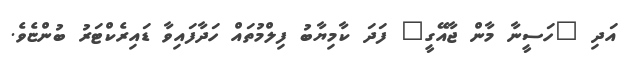
އަދި "ހަސީނާ މާން ޖާއޭގީ" ފަދަ ކާމިޔާބު ފިލްމުތައް ހަދާފައިވާ ޑައިރެކްޓަރު ބުންޏެވެ.